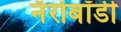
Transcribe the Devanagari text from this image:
नॅरोबॉडी